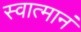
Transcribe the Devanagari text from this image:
स्वात्मानं